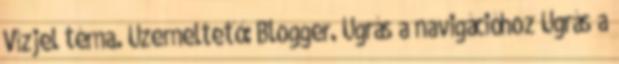
Vízjel téma. Üzemeltető: Blogger. Ugrás a navigációhoz Ugrás a